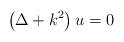
LaTeX: \begin{align*}\left( \Delta + k^{2} \right) u = 0\end{align*}